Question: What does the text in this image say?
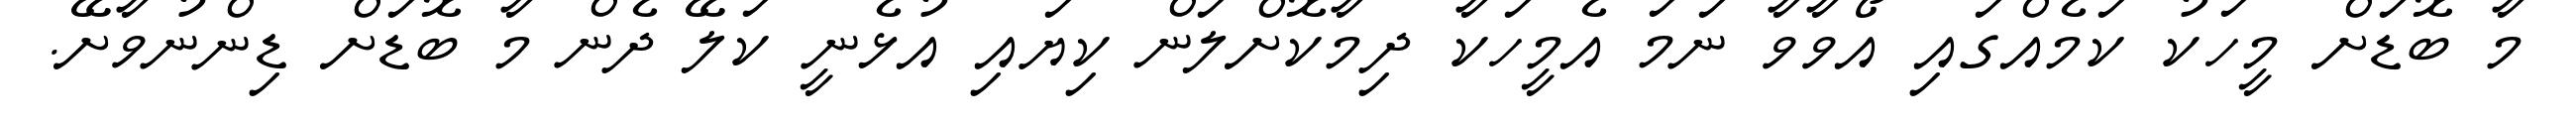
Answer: މާ ބޮޑަށް މީހަކު ކަމެއްގައި އޯވާވާ ނަމަ އެމީހަކާ ދިމާކޮށްލަން ކިޔައި އުޅެނީ ކަލޭ ދެން މާ ބޮޑަށް ޑިންނުވާށޭ.